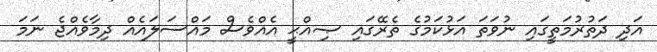
އަދި ދަތުރުމަތީގައި ނުވަތަ އަޅުކަމުގެ ތެރޭގައި ޞިއްޙީ އެއްވެސް މައްސަލައެއް ދިމާވެއްޖެ ނަމަ